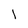
Character: l